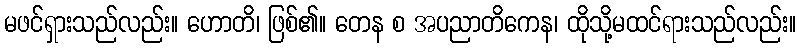
မဖင်ရှားသည်လည်း။ ဟောတိ၊ ဖြစ်၏။ တေန စ အပညာတိကေန၊ ထိုသို့မထင်ရားသည်လည်း။